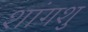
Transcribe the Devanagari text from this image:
शांगशु